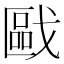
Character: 𱟟